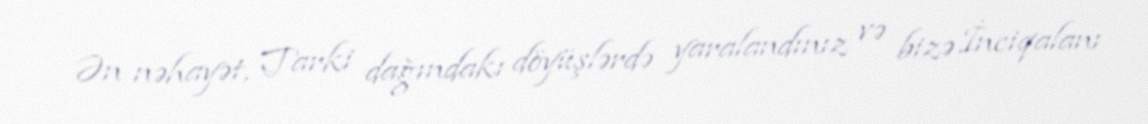
Ən nəhayət, Tarki dağındakı döyüşlərdə yaralandınız və bizə İnciqalanı